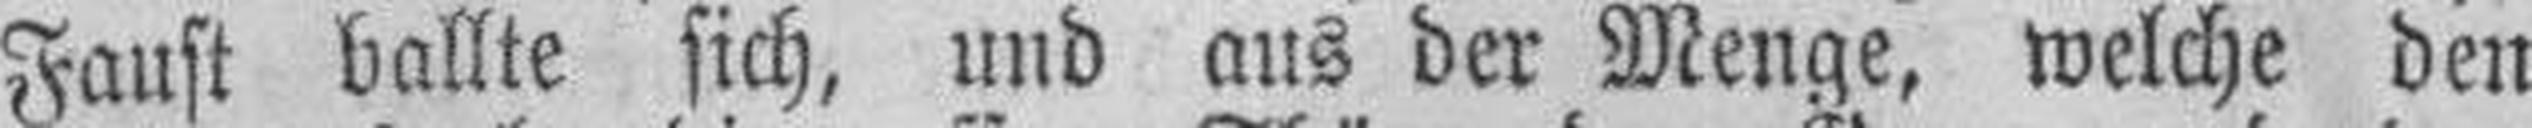
Faust ballte sich, und aus der Menge, welche den